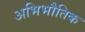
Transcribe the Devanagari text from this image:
अभिभौतिक